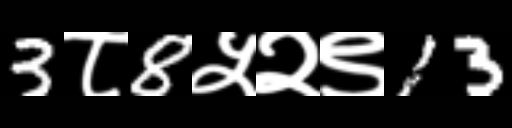
Text: 3८8५२९13